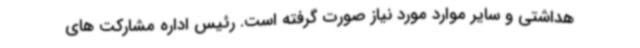
هداشتی و سایر موارد مورد نیاز صورت گرفته است. رئیس اداره مشارکت های